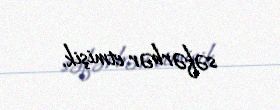
səfərbər etmişik.